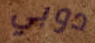
دوبي